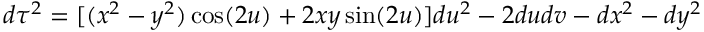
d \tau ^ { 2 } = [ ( x ^ { 2 } - y ^ { 2 } ) \cos ( 2 u ) + 2 x y \sin ( 2 u ) ] d u ^ { 2 } - 2 d u d v - d x ^ { 2 } - d y ^ { 2 }